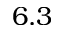
6 . 3